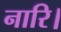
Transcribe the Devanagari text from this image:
नारि।